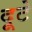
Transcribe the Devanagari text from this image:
दूटे